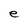
Character: e